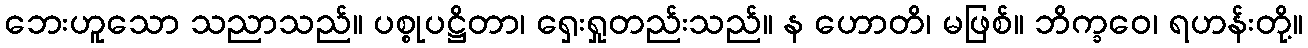
ဘေးဟူသော သညာသည်။ ပစ္စုပဋ္ဌိတာ၊ ရှေးရှုတည်းသည်။ န ဟောတိ၊ မဖြစ်။ ဘိက္ခဝေ၊ ရဟန်းတို့။